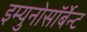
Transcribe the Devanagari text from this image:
इम्युनोसॉर्बेन्ट